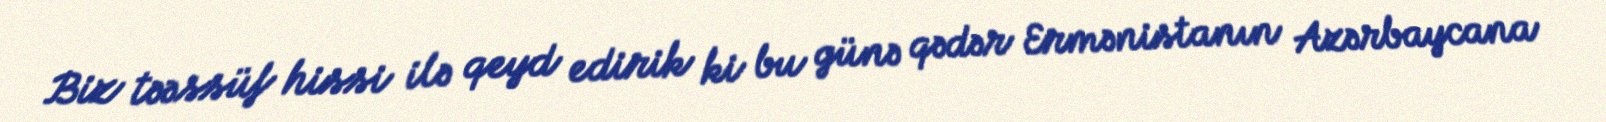
Biz təəssüf hissi ilə qeyd edirik ki bu günə qədər Ermənistanın Azərbaycana